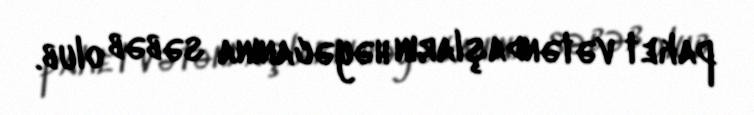
paket vətəndaşların həyəcanına səbəb olub.